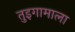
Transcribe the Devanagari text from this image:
तुइगामाला